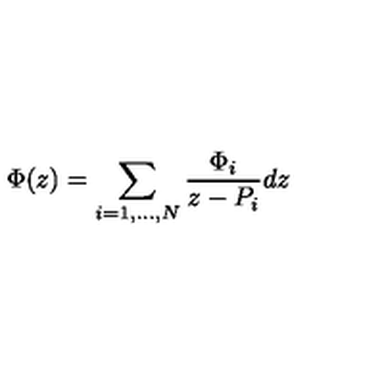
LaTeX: \Phi ( z ) = \sum _ { i = 1 , . . . , N } \frac { \Phi _ { i } } { z - P _ { i } } d z